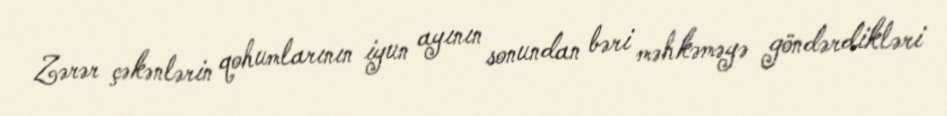
Zərər çəkənlərin qohumlarının iyun ayının sonundan bəri məhkəməyə göndərdikləri